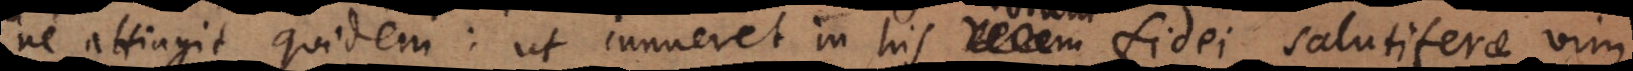
ne attingit quidem: ut innueret in his veram fidei salutiferae vim